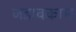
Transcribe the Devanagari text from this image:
जडावकाम